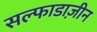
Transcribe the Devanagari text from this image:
सल्फाडाज़ीन